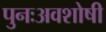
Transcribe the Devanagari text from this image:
पुनःअवशोषी